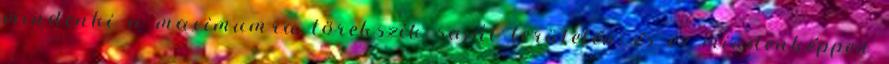
mindenki a maximumra törekszik saját területén, és ez mindenképpen